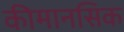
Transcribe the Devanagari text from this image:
कीमानसिक